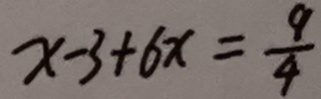
x - 3 + 6 x = \frac { 9 } { 4 }